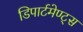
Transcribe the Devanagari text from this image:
डिपार्टमेण्ट्स